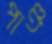
পাঞ